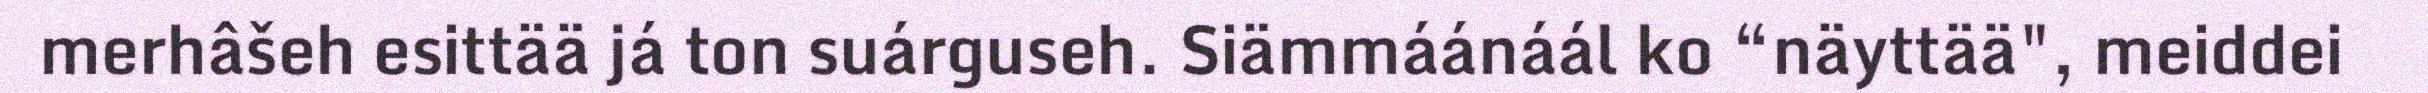
merhâšeh esittää já ton suárguseh. Siämmáánáál ko “näyttää", meiddei